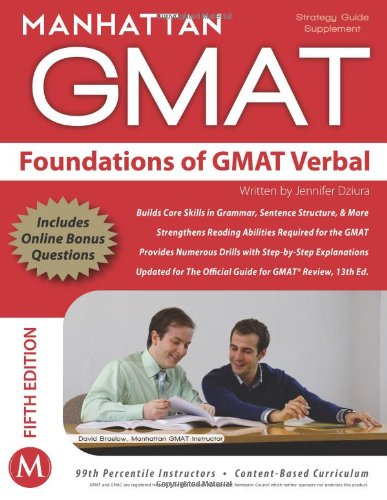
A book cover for Foundations of GMAT Verbal; Manhattan GMAT; Education & Teaching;